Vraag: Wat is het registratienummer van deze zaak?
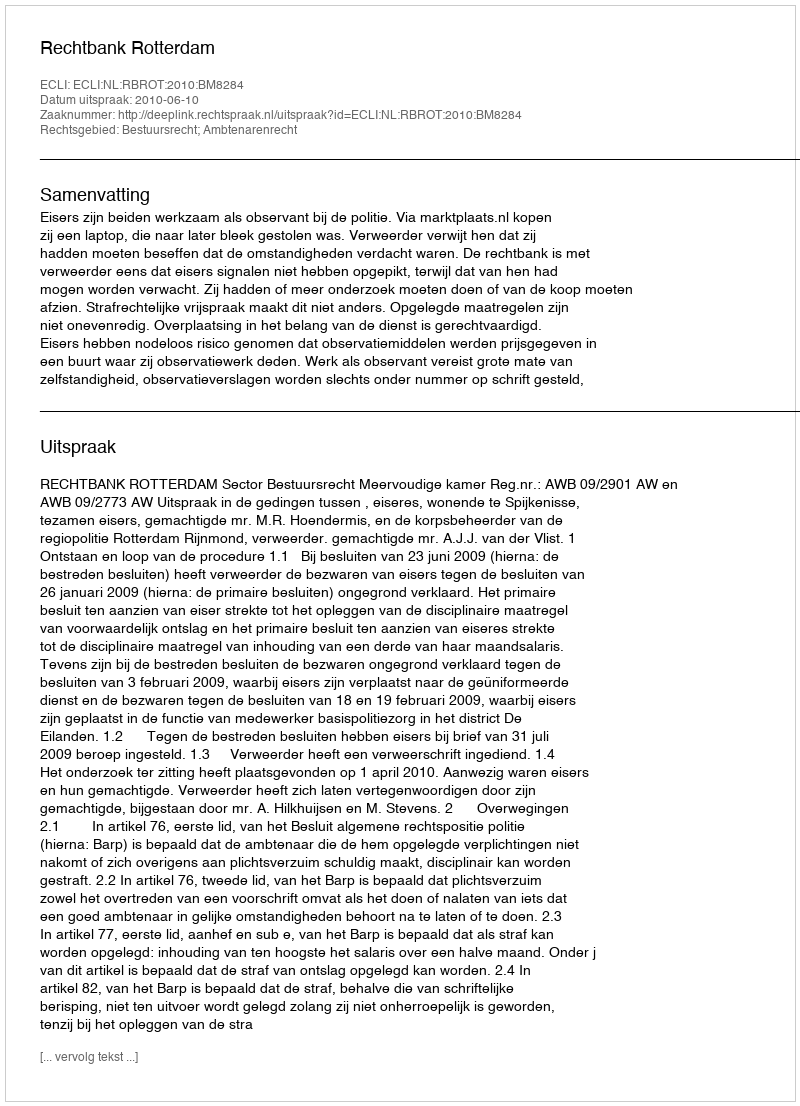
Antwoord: http://deeplink.rechtspraak.nl/uitspraak?id=ECLI:NL:RBROT:2010:BM8284